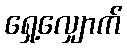
ရှေ့လျှောက်